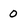
Character: 0